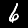
Label: 6